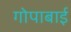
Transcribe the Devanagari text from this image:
गोपाबाई